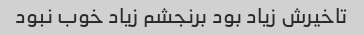
تاخیرش زیاد بود برنجشم زیاد خوب نبود